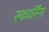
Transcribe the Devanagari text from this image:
स्कार्रिंग